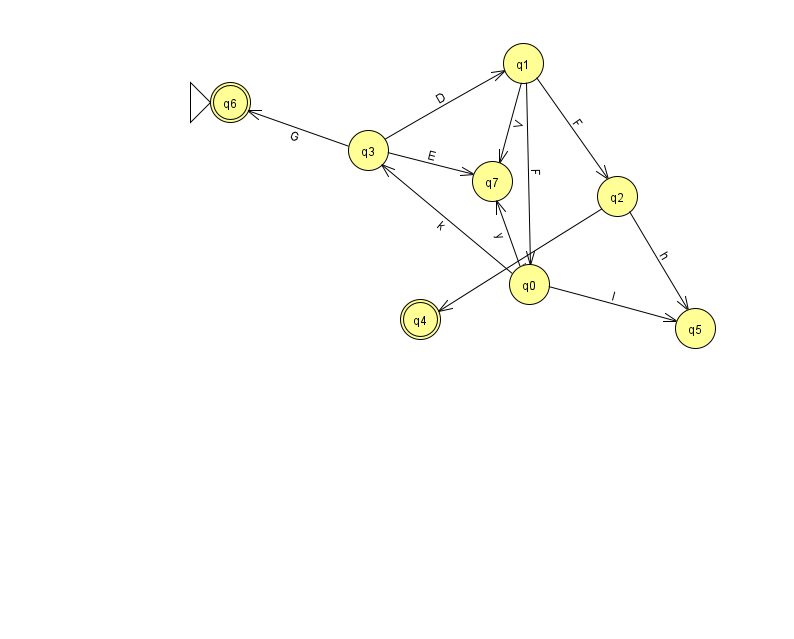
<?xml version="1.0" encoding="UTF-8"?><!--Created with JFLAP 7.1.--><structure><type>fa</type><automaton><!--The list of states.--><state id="0" name="q0"><x>529.0</x><y>271.0</y></state><state id="1" name="q1"><x>523.0</x><y>50.0</y></state><state id="2" name="q2"><x>617.0</x><y>183.0</y></state><state id="3" name="q3"><x>368.0</x><y>137.0</y></state><state id="4" name="q4"><x>420.0</x><y>306.0</y><final/></state><state id="5" name="q5"><x>695.0</x><y>315.0</y></state><state id="6" name="q6"><x>230.0</x><y>89.0</y><initial/><final/></state><state id="7" name="q7"><x>492.0</x><y>168.0</y></state><!--The list of transitions.--><transition><from>1</from><to>0</to><read>F</read></transition><transition><from>1</from><to>2</to><read>F</read></transition><transition><from>3</from><to>6</to><read>G</read></transition><transition><from>0</from><to>7</to><read>y</read></transition><transition><from>0</from><to>3</to><read>k</read></transition><transition><from>3</from><to>7</to><read>E</read></transition><transition><from>0</from><to>5</to><read>l</read></transition><transition><from>1</from><to>7</to><read>V</read></transition><transition><from>3</from><to>1</to><read>D</read></transition><transition><from>2</from><to>4</to><read>q</read></transition><transition><from>2</from><to>5</to><read>h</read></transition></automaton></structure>